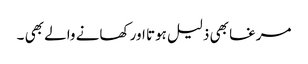
مرغا بھی ذلیل ہوتا اور کھانے والے بھی ۔